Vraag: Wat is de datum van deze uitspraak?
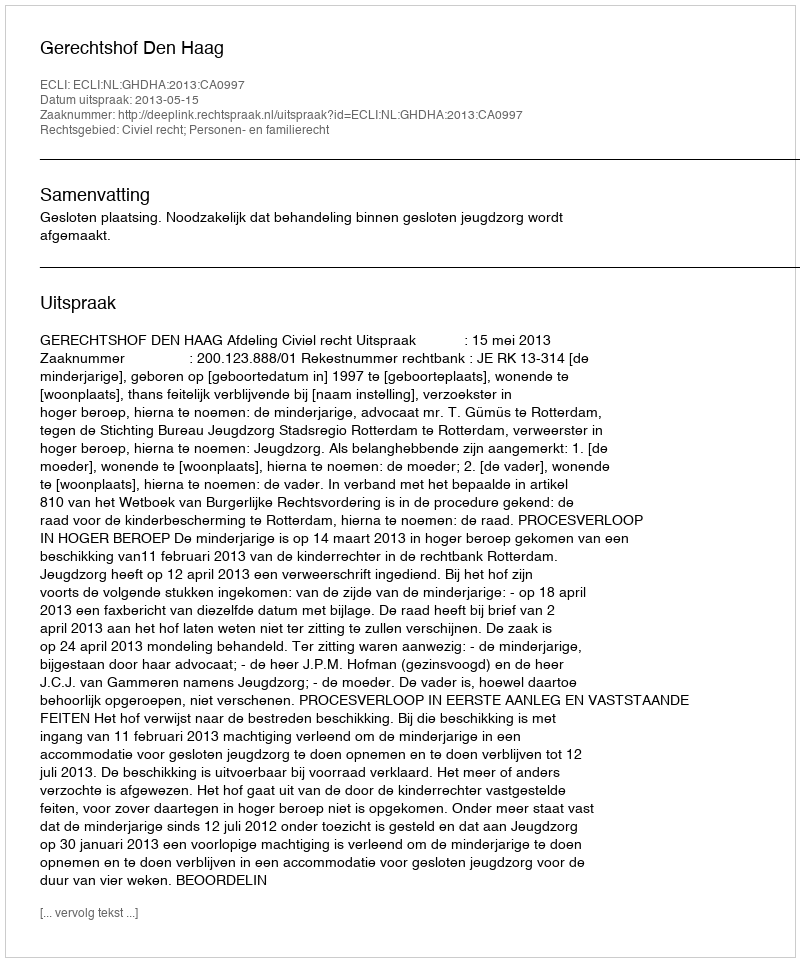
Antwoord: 2013-05-15